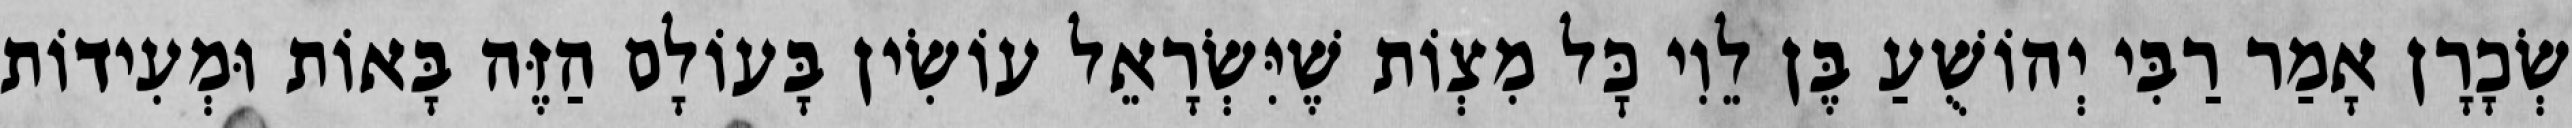
שְׂכָרָן אָמַר רַבִּי יְהוֹשֻׁעַ בֶּן לֵוִי כׇּל מִצְוֹת שֶׁיִּשְׂרָאֵל עוֹשִׂין בָּעוֹלָם הַזֶּה בָּאוֹת וּמְעִידוֹת